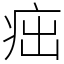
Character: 㽾